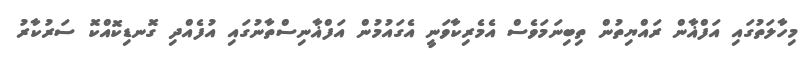
މިހާލަތުގައި އަފްޣާން ރައްޔިތުން ތިބިނަމަވެސް އެމެރިކާވަނީ އެގައުމުން އަފްޣާނިސްތާނުގައި އުފެއްދި ގޮނޑިކޮއްކޮ ސަރުކާރު